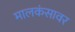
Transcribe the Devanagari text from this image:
मालकंसावर